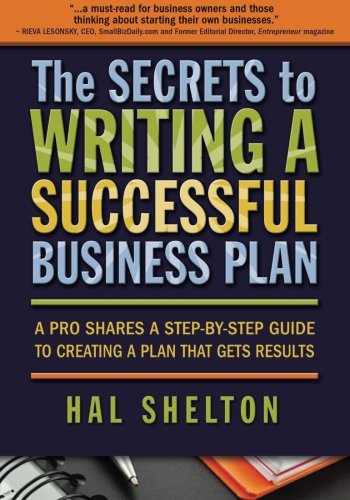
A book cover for The Secrets to Writing a Successful Business Plan: A Pro Shares a Step-By-Step Guide to Creating a Plan That Gets Results; Hal Shelton; Business & Money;